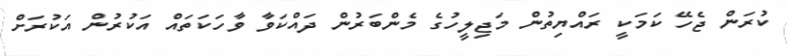
ކުރަން ޖެހޭ ކަމަކީ ރައްޔިތުން މަޖިލީހުގެ މެންބަރުން ދައްކަވާ ވާހަކަތައް އަކުރުން އަކުރަށް